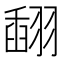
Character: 𦑪